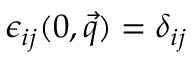
\epsilon _ { i j } ( 0 , \vec { q } ) = \delta _ { i j }